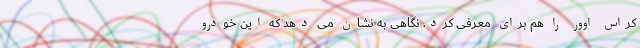
کراس اوور را هم برای معرفی کرد. نگاهی به نشان می دهد که این خودرو